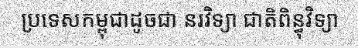
ប្រទេសកម្ពុជាដូចជា នរវិទ្យា ជាតិពិន្ធុវិទ្យា